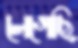
লেগেছি